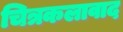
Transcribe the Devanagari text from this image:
चित्रकलावाद